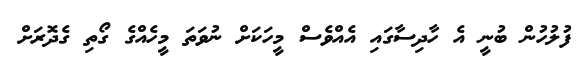
ފުލުހުން ބުނީ އެ ހާދިސާގައި އެއްވެސް މީހަކަށް ނުވަތަ މީހެއްގެ ގޯތި ގެދޮރަށް